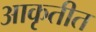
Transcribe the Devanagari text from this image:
आकृतीत